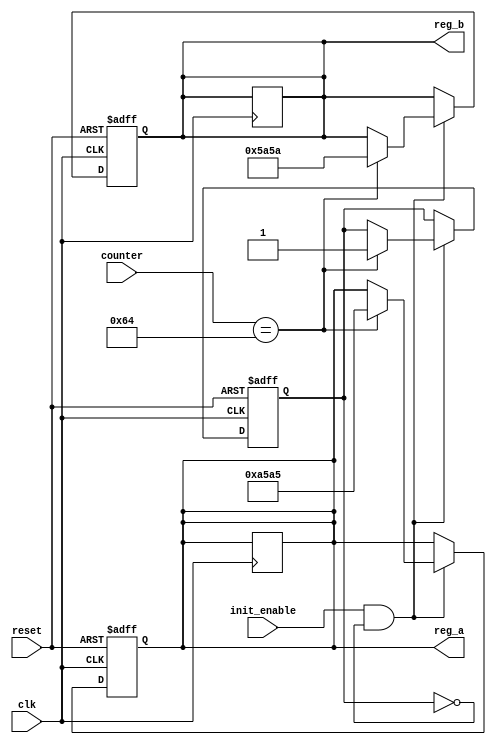
module conditional_initialization (
    input wire clk,             // Clock signal
    input wire reset,           // Asynchronous reset signal
    input wire init_enable,     // Control signal to enable initialization
    input wire [7:0] counter,   // Example variable to check condition
    output reg [15:0] reg_a,    // Register A to be initialized
    output reg [15:0] reg_b     // Register B to be initialized
);

    // Initialization values
    parameter INIT_VALUE_A = 16'hA5A5;
    parameter INIT_VALUE_B = 16'h5A5A;

    // Initialization state
    reg initialized;

    // Process block for initialization
    always @(posedge clk or posedge reset) begin
        if (reset) begin
            // On reset, clear initialized state
            initialized <= 1'b0;
            reg_a <= 16'h0000; // Clear register A
            reg_b <= 16'h0000; // Clear register B
        end else if (init_enable && !initialized) begin
            // Check the condition for initialization
            if (counter == 8'd100) begin // Example condition: counter reaches 100
                // Initialize registers
                reg_a <= INIT_VALUE_A;
                reg_b <= INIT_VALUE_B;
                initialized <= 1'b1; // Mark as initialized
            end
        end
    end

    // Retain current values if initialization conditions are not met
    always @(posedge clk) begin
        if (!init_enable || initialized) begin
            // Maintain current values of registers
            reg_a <= reg_a; // Retain register A
            reg_b <= reg_b; // Retain register B
        end
    end

endmodule